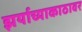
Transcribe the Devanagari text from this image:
झर्याच्याकाठावर